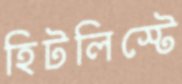
হিটলিস্টে